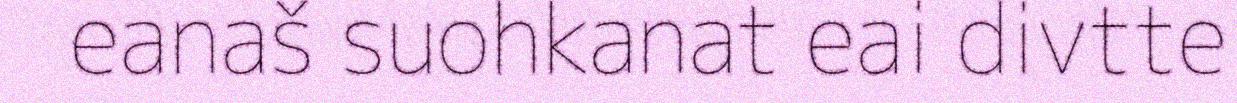
eanaš suohkanat eai divtte